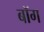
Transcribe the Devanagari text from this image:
बॉग